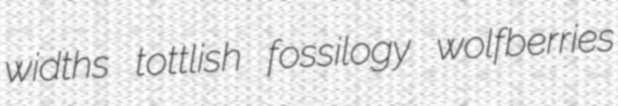
widths tottlish fossilogy wolfberries